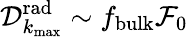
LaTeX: {\mathcal D}_{k_{\operatorname*{max}}}^{\mathrm{rad}}\sim f_{\mathrm{bulk}}{\mathcal F}_{0}